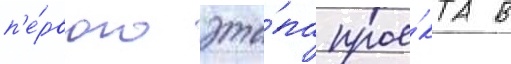
п'е́рвого эта́па прое́кта в